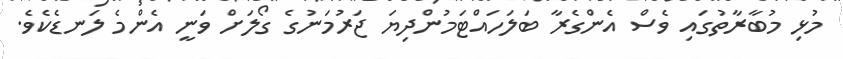
މުޅި މުބާރާތުގައި ވެސް އެންގެރާ ބަލަހައްޓަމުންދިޔަ ޖަރުމަނުގެ ގޯލަށް ވަނީ އެންމެ ލަނޑެކެވެ.